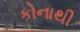
કોનાથી